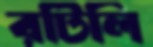
রটিলি